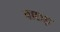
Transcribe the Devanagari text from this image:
वाछड़